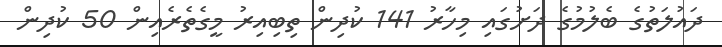
ދައުލަތުގެ ބެލުމުގެ ދަށުގައި މިހާރު 141 ކުދިން ތިބިއިރު މީގެތެރެއިން 50 ކުދިން